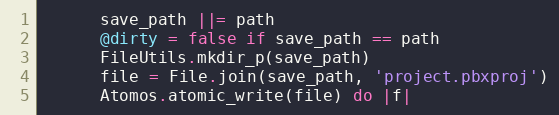
Language: Ruby
      save_path ||= path
      @dirty = false if save_path == path
      FileUtils.mkdir_p(save_path)
      file = File.join(save_path, 'project.pbxproj')
      Atomos.atomic_write(file) do |f|